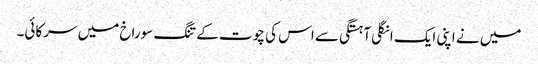
میں نے اپنی ایک انگلی آہستگی سے اس کی چوت کے تنگ سوراخ میں سرکائی۔